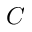
C